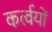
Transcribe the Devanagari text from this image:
कर्त्वयों